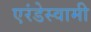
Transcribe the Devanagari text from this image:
एरंडेस्वामी